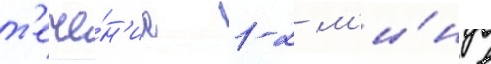
т'ече́н'ие 1-2 м'и́н в